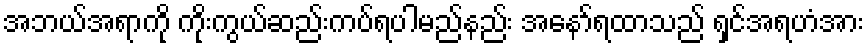
အဘယ်အရာကို ကိုးကွယ်ဆည်းကပ်ရပါမည်နည်း အနော်ရထာသည် ရှင်အရဟံအား